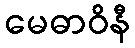
မေဓာဝိနီ